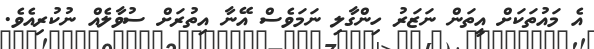
އެ މައުތަކަށް އީތަން ނަޒަރު ހިންގާލި ނަމަވެސް އޭނާ އިތުރަށް ސުވާލެއް ނުކުރިއެވެ.